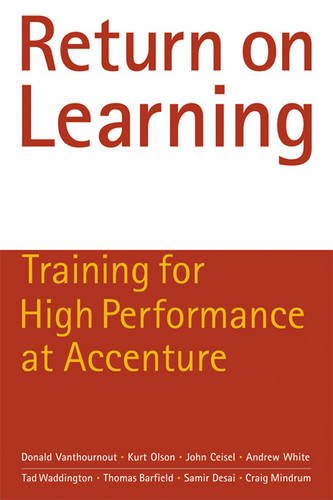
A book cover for Return on Learning: Training for High Performance at Accenture; Donald Vanthournout; Business & Money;